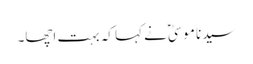
سیدنا موسیٰؑ نے کہا کہ بہت اچھا۔